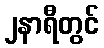
၂နာရီတွင်